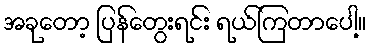
အခုတော့ ပြန်တွေးရင်း ရယ်ကြတာပေါ့။